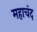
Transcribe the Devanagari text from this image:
महाचंद